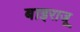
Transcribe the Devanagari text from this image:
बाइराजू